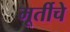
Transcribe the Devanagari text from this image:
मूर्तीचेे